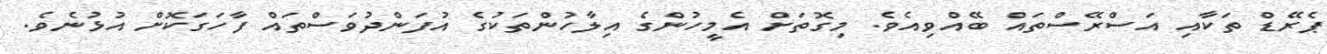
ޕެރޭޑް ތަކާއި އަސްރޭސްތައް ބޭއްވިއެވެ. މިގޮތަށް އެމީހުންގެ އިލާހުންތަކުގެ އުފަންދުވަސްތައް ފާހަގަކޮށް އުޅުނެވެ.